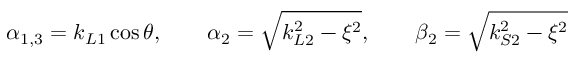
\alpha _ { 1 , 3 } = k _ { L 1 } \cos \theta , \quad \quad \alpha _ { 2 } = \sqrt { k _ { L 2 } ^ { 2 } - \xi ^ { 2 } } , \quad \quad \beta _ { 2 } = \sqrt { k _ { S 2 } ^ { 2 } - \xi ^ { 2 } }